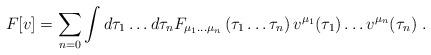
LaTeX: \begin{align*}F[v]=\sum_{n=0}\int d\tau_{1} \ldots d\tau_{n}F_{\mu_{1} \ldots \mu_{n}}\left(\tau_{1} \ldots \tau_{n}\right)v^{\mu_{1}}(\tau_{1})\ldots v^{\mu_{n}}(\tau_{n})\;.\end{align*}